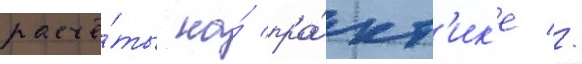
расчё́ты на́ пра́кт'ик'е //